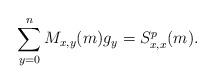
LaTeX: \begin{align*}\sum_{y=0}^nM_{x,y}(m)g_y=S^{p}_{x,x}(m).\end{align*}